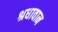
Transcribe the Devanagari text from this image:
श्रधावान